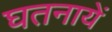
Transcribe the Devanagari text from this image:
घतनायें